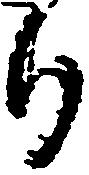
日